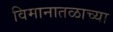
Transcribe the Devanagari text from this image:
विमानातळाच्या